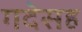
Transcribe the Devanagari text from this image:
गदेसह